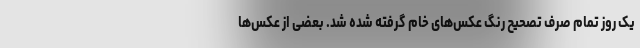
یک روز تمام صرف تصحیح رنگ عکس‌های خام گرفته شده شد. بعضی از عکس‌ها